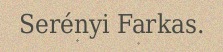
Serényi Farkas.